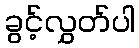
ခွင့်လွှတ်ပါ